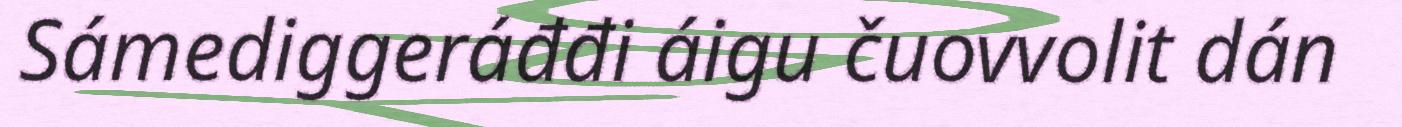
Sámediggeráđđi áigu čuovvolit dán